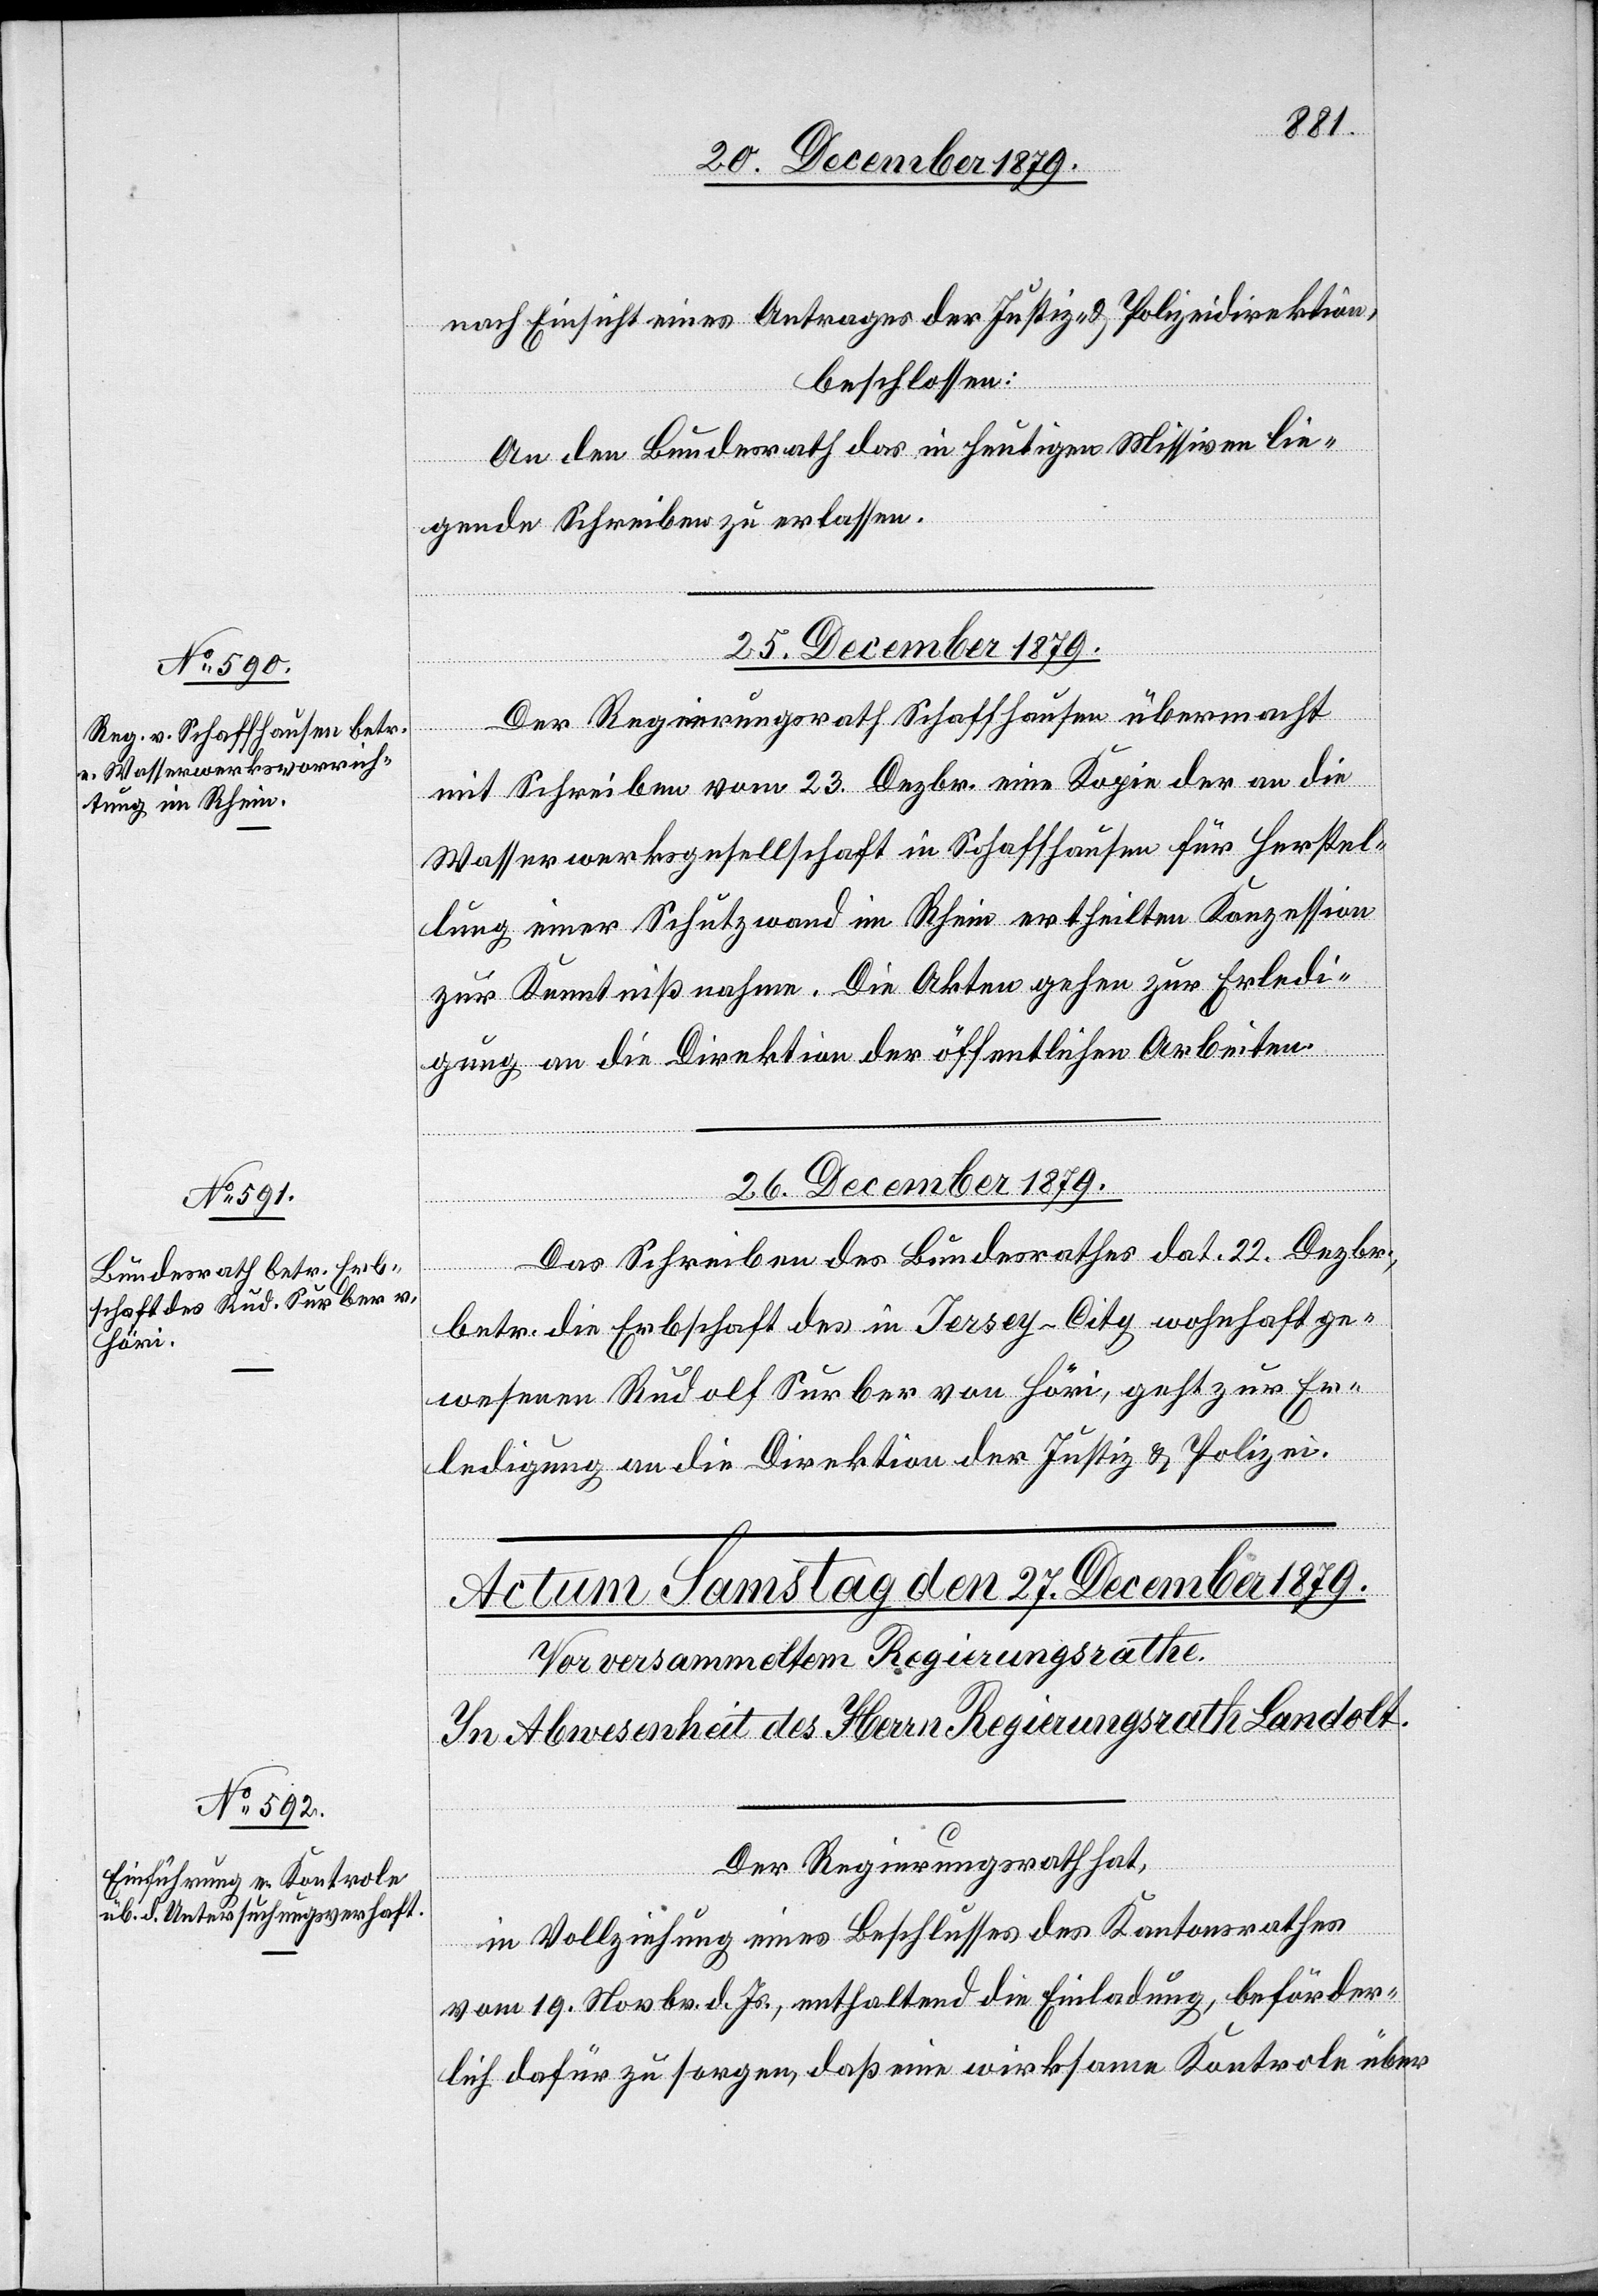
nach Einsicht eines Antrages der Justiz- & Polizeidirektion,
beschlossen:
An den Bundesrath das in heutigen Missiven lie¬
gende Schreiben zu erlassen.
25. December 1879.
Der Regierungsrath Schaffhausen übermacht
mit Schreiben vom 23. Dezbr. eine Kopie der an die
Wasserwerksgesellschaft in Schaffhausen für Herstel¬
lung einer Schutzwand im Rhein ertheilten Konzession
zur Kenntnißnahme. Die Akten gehen zur Erledi¬
gung an die Direktion der öffentlichen Arbeiten.
26. December 1879.
Das Schreiben des Bundesrathes dat. 22. Dezbr.,
betr. die Erbschaft des in Jersey-City wohnhaft ge¬
wesenen Rudolf Surber von Höri, geht zur Er¬
ledigung an die Direktion der Justiz & Polizei.
Der Regierungsrath hat,
in Vollziehung eines Beschlusses des Kantonsrathes
vom 19. Novbr. d. Js., enthaltend die Einladung, beförder¬
lich dafür zu sorgen, daß eine wirksame Kontrole über